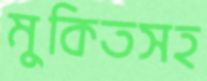
মুকিতসহ